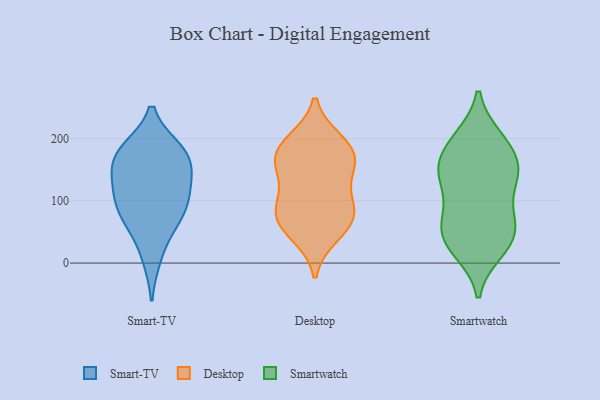
{"axis": {"x": "Operating Costs (USD K)", "y": "Value"}, "legend": ["Desktop", "Smart-TV", "Smartwatch"], "data": [{"x": "", "y": 174, "type": "Smart-TV"}, {"x": "", "y": 112, "type": "Smart-TV"}, {"x": "", "y": 10, "type": "Smart-TV"}, {"x": "", "y": 141, "type": "Smart-TV"}, {"x": "", "y": 74, "type": "Smart-TV"}, {"x": "", "y": 105, "type": "Smart-TV"}, {"x": "", "y": 181, "type": "Smart-TV"}, {"x": "", "y": 170, "type": "Smart-TV"}, {"x": "", "y": 135, "type": "Smart-TV"}, {"x": "", "y": 84, "type": "Smart-TV"}, {"x": "", "y": 63, "type": "Smart-TV"}, {"x": "", "y": 180, "type": "Smart-TV"}, {"x": "", "y": 73, "type": "Desktop"}, {"x": "", "y": 59, "type": "Desktop"}, {"x": "", "y": 185, "type": "Desktop"}, {"x": "", "y": 46, "type": "Desktop"}, {"x": "", "y": 149, "type": "Desktop"}, {"x": "", "y": 92, "type": "Desktop"}, {"x": "", "y": 195, "type": "Desktop"}, {"x": "", "y": 102, "type": "Desktop"}, {"x": "", "y": 158, "type": "Desktop"}, {"x": "", "y": 185, "type": "Desktop"}, {"x": "", "y": 80, "type": "Desktop"}, {"x": "", "y": 158, "type": "Desktop"}, {"x": "", "y": 20, "type": "Smartwatch"}, {"x": "", "y": 193, "type": "Smartwatch"}, {"x": "", "y": 140, "type": "Smartwatch"}, {"x": "", "y": 34, "type": "Smartwatch"}, {"x": "", "y": 147, "type": "Smartwatch"}, {"x": "", "y": 61, "type": "Smartwatch"}, {"x": "", "y": 48, "type": "Smartwatch"}, {"x": "", "y": 166, "type": "Smartwatch"}, {"x": "", "y": 133, "type": "Smartwatch"}, {"x": "", "y": 73, "type": "Smartwatch"}, {"x": "", "y": 57, "type": "Smartwatch"}, {"x": "", "y": 141, "type": "Smartwatch"}, {"x": "", "y": 198, "type": "Smartwatch"}, {"x": "", "y": 150, "type": "Smartwatch"}, {"x": "", "y": 91, "type": "Smartwatch"}, {"x": "", "y": 25, "type": "Smartwatch"}, {"x": "", "y": 200, "type": "Smartwatch"}]}